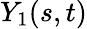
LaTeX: Y_{1}(s,t)